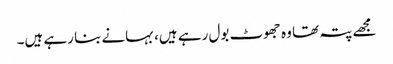
مجھے پتہ تھا وہ جھوٹ بول رہے ہیں، بہانے بنا رہے ہیں۔